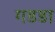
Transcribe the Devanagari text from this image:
गडडा